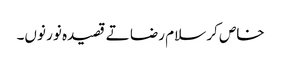
خاص کر سلام رضا تے قصیدہ نور نو‏ں۔